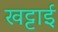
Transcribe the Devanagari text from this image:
खट्टाई